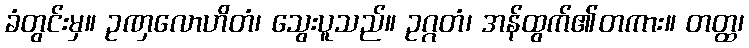
ခံတွင်းမှ။ ဥဏှလောဟိတံ၊ သွေးပူသည်။ ဥဂ္ဂတံ၊ အန်ထွက်၏တကား။ တတ္ထ၊